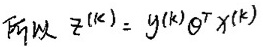
所以 $\hat{z}^{(k)} = y^{(k)} \theta^{T} x^{(k)}$